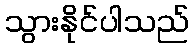
သွားနိုင်ပါသည်